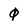
Character: 0